Materia medica of Madras volume I
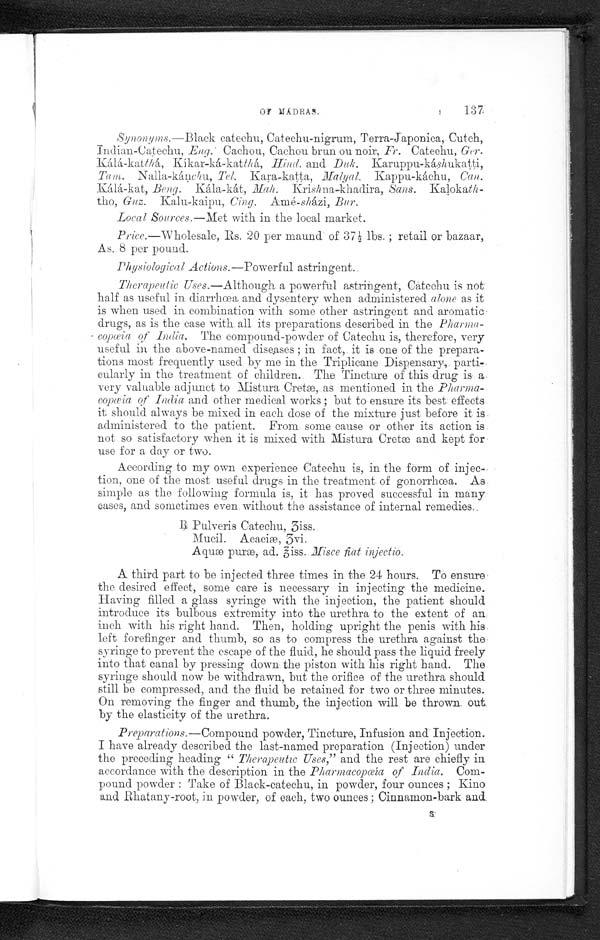
Of MADRAS.
137
Synonyms .—Black catechu, Catechu-nigrum, Terra-Japonica, Cutch,
Indian-Catechu, Eng. Cachou, Cachou brun ou noir
, Fr. Catechu, Ger.
Kálá-katthá, Kíkar-ká-kat thá, Hind. and. Duk. Karuppu-káshukatti,
Tam. Nalla-kánchu, Tel. Kara-katta, Malyal. Kappu-káchu, Can.
Kálá,-kat, Beng. Kála-kát, Mah. Krishna-khadira, Sans. Kalokath
- t h o ,
Guz. Kalu-kaipu, Cing. Amé- sházi, Bur.
Local Sources.—Met with in the local market.
Pirce.—Wholesale, Rs. 20 per maund of 37½ lbs.; retail or bazaar,
As. 8 per pound.
P h y s i o l o g i c a l A c t i o n s
. — P o w e r f u l a s t r i n g e n t .
Therapeutic Uses .—Although a powerful astringent, Catechu is not
half as useful in diarrhœa and dysentery when administered alone as it
is when used. in combination with some other astringent and aromatic
drugs, as is the case with all its preparations described in the Pharma-
copœia of India. The compound-powder of Catechu is, therefore, very
useful in the above-named diseases; in fact, it is one of the prepara-
tions most frequently used by me in the Triplicane Dispensary, parti-
cularly in the treatment of children. The Tincture of this drug is a
very valuable adjunct to Mistura Cretæ, as mentioned in the Pharma-
copœia of India and other medical works; but to ensure its best effects
it should always be mixed in each dose of the mixture just before it is
administered to the patient. From some cause or other its action is
not so satisfactory when it is mixed with Mistura Cretæ and kept for
use for a day or two.
According to my own experience Catechu is, in the form of injec-
tion, one of the most useful drugs in the treatment of gonorrhœa. As
simple as the following formula is, it has proved successful in many
cases, and sometimes even without the assistance of internal remedies.
R Pulveris Catechu, 3iss.
Mucil. Acaciæ, 3vi.
Aquæ puræ, ad.hiss. Misce fiat injectio.
A third part to be injected three times in the 24 hours. To ensure
the desired effect, some care is necessary in injecting the medicine.
Having filled a glass syringe with the injection, the patient should
introduce its bulbous extremity into the urethra to the extent of an
inch with his right hand. Then, holding upright the penis with his
left forefinger and thumb, so as to compress the urethra against the
syringe to prevent the escape of the fluid, he should pass the liquid freely
into that canal by pressing down the piston with his right hand. The
syringe should now be withdrawn, but the orifice of the urethra should
still be compressed, and the fluid be retained for two or three minutes.
On removing the finger and thumb, the injection will be thrown out
by the elasticity of the urethra.
Preparations. —Compound powder, Tincture, Infusion and Injection.
I have already described the last-named preparation (Injection) under
the preceding heading " Therapeutic Uses," and the rest are chiefly in
accordance with the description in the Pharmacopœia of India . Com-
pound powder: Take of Black-catechu, in powder, four ounces; Kino
and Rhatany-root, in powder, of each, two ounces; Cinnamon-bark and